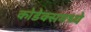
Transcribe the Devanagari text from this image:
कोडेक्समध्ये